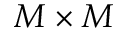
{ M \times M }